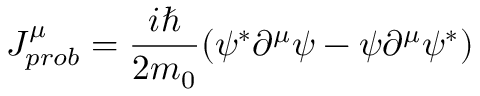
J _ { p r o b } ^ { \mu } = { \frac { i \hbar } { 2 m _ { 0 } } } ( \psi ^ { * } \partial ^ { \mu } \psi - \psi \partial ^ { \mu } \psi ^ { * } )